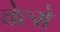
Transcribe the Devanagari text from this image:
चेल्से